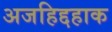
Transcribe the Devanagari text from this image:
अजहिद्दहाक